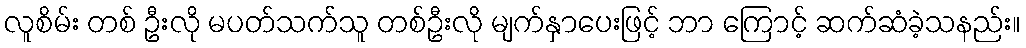
လူစိမ်း တစ် ဦးလို မပတ်သက်သူ တစ်ဦးလို မျက်နှာပေးဖြင့် ဘာ ကြောင့် ဆက်ဆံခဲ့သနည်း။